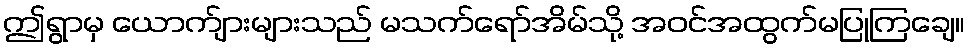
ဤရွာမှ ယောက်ျားများသည် မသက်ရော်အိမ်သို့ အဝင်အထွက်မပြုကြချေ။